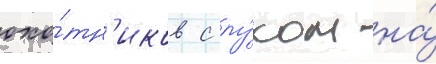
охо́тн'иков с лу́ком на́